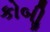
કોબીૢ